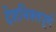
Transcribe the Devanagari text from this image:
देशभिक्तपूर्ण